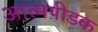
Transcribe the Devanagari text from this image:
आत्मपीडक